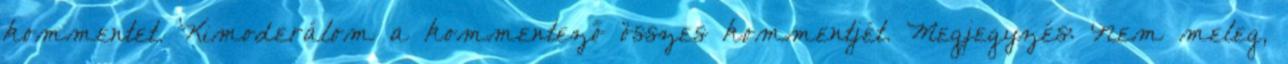
kommentet. Kimoderálom a kommentező összes kommentjét. Megjegyzés: Nem meleg,